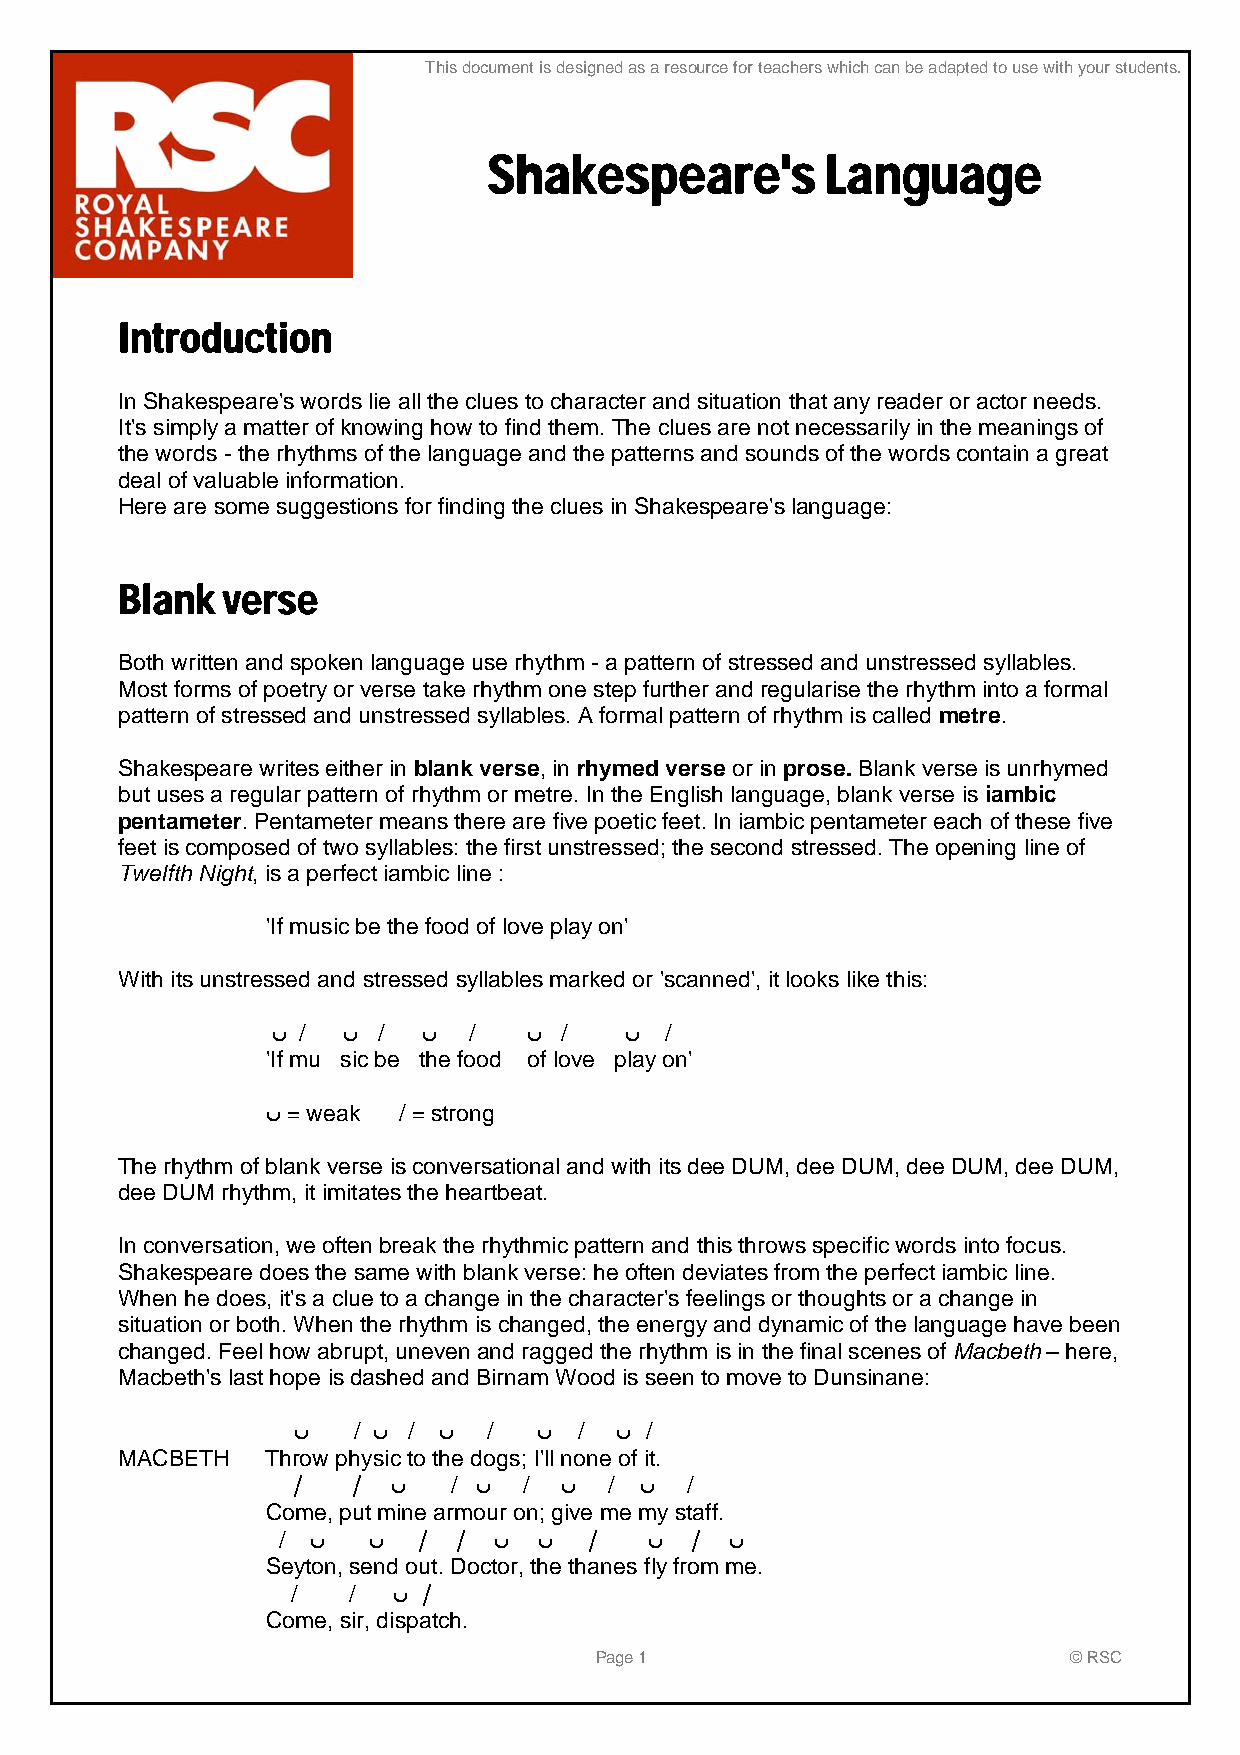
This document is designed as a resource for teachers which can be adapted to use with your students.
 Shakespeare's          Language
 Introduction
 In Shakespeare's words lie all the clues to character and situation that any reader or actor needs.
 It's simply a matter of knowing how to find them. The clues are not necessarily in the meanings of
 the words - the rhythms of the language and the patterns and sounds of the words contain a great
 deal of valuable information.
 Here are some suggestions for finding the clues in Shakespeare's language:
 Blank  verse
 Both written and spoken language use rhythm - a pattern of stressed and unstressed syllables.
 Most forms of poetry or verse take rhythm one step further and regularise the rhythm into a formal
 pattern of stressed and unstressed syllables. A formal pattern of rhythm is called metre.
 Shakespeare writes either in blank verse, in rhymed verse or in prose. Blank verse is unrhymed
 but uses a regular pattern of rhythm or metre. In the English language, blank verse is iambic
 pentameter. Pentameter means there are five poetic feet. In iambic pentameter each of these five
 feet is composed of two syllables: the first unstressed; the second stressed. The opening line of
 Twelfth Night, is a perfect iambic line :
 'If music be the food of love play on'
 With its unstressed and stressed syllables marked or 'scanned', it looks like this:
 ں /  ں /  ں  /   ں /   ں  /
 'If mu sic be the food of love play on'
 ں = weak / = strong
 The rhythm of blank verse is conversational and with its dee DUM, dee DUM, dee DUM, dee DUM,
 dee DUM rhythm, it imitates the heartbeat.
 In conversation, we often break the rhythmic pattern and this throws specific words into focus.
 Shakespeare does the same with blank verse: he often deviates from the perfect iambic line.
 When he does, it's a clue to a change in the character's feelings or thoughts or a change in
 situation or both. When the rhythm is changed, the energy and dynamic of the language have been
 changed. Feel how abrupt, uneven and ragged the rhythm is in the final scenes of Macbeth – here,
 Macbeth's last hope is dashed and Birnam Wood is seen to move to Dunsinane:
 ں   / ں / ں  /   ں /  ں /
 MACBETH   Throw physic to the dogs; I'll none of it.
 /   /  ں   / ں  / ں  / ں  /
 Come, put mine armour on; give me my staff.
 /  ں  ں   / /  ں  ں  /   ں  / ں
 Seyton, send out. Doctor, the thanes fly from me.
 /   /  ں /
 Come, sir, dispatch.
 Page 1                          © RSC